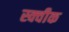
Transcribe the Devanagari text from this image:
स्क्वीक